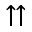
\upuparrows